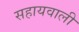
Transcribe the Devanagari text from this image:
सहायवाली